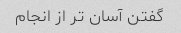
گفتن آسان تر از انجام